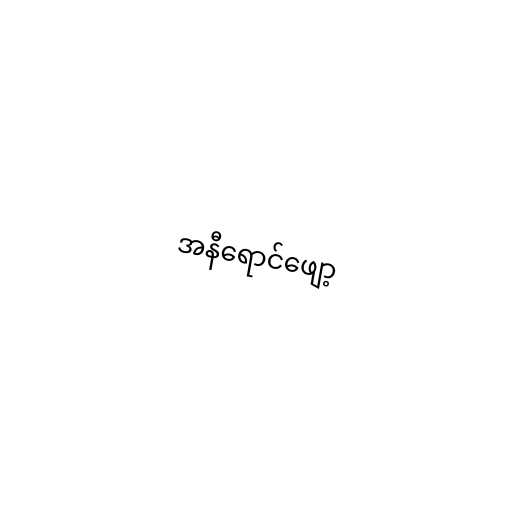
အနီရောင်ဖျော့